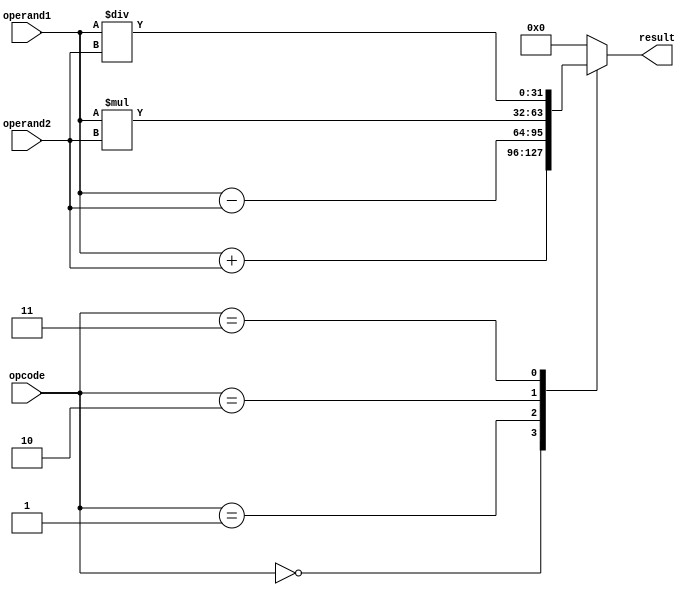
module Complex_ALU (
    input [31:0] operand1,
    input [31:0] operand2,
    input [2:0] opcode,
    output reg [31:0] result
);

reg [31:0] adder_result;
reg [31:0] subtractor_result;
reg [31:0] multiplier_result;
reg [31:0] divider_result;

always @(*) begin
    case(opcode)
        3'b000: begin // Addition
            adder_result = operand1 + operand2;
            result = adder_result;
        end
        3'b001: begin // Subtraction
            subtractor_result = operand1 - operand2;
            result = subtractor_result;
        end
        3'b010: begin // Multiplication
            multiplier_result = operand1 * operand2;
            result = multiplier_result;
        end
        3'b011: begin // Division
            divider_result = operand1 / operand2;
            result = divider_result;
        end
        default: result = 32'h0; // Default case
    endcase
end

endmodule